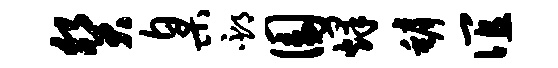
癸臬邳圜烽罅谊